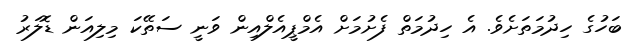
ބަހުގެ ހިދުމަތަށެވެ. އެ ހިދުމަތް ފެށުމަށް އެމްޕީއެލްއިން ވަނީ ސަތޭކަ މިލިއަން ޑޮލަރު